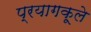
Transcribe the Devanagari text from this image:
प्रयागकूले